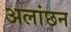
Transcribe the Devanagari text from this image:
अलांछन